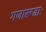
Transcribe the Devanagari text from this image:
गजारूढाः